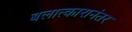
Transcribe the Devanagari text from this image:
बलात्कारानंतर